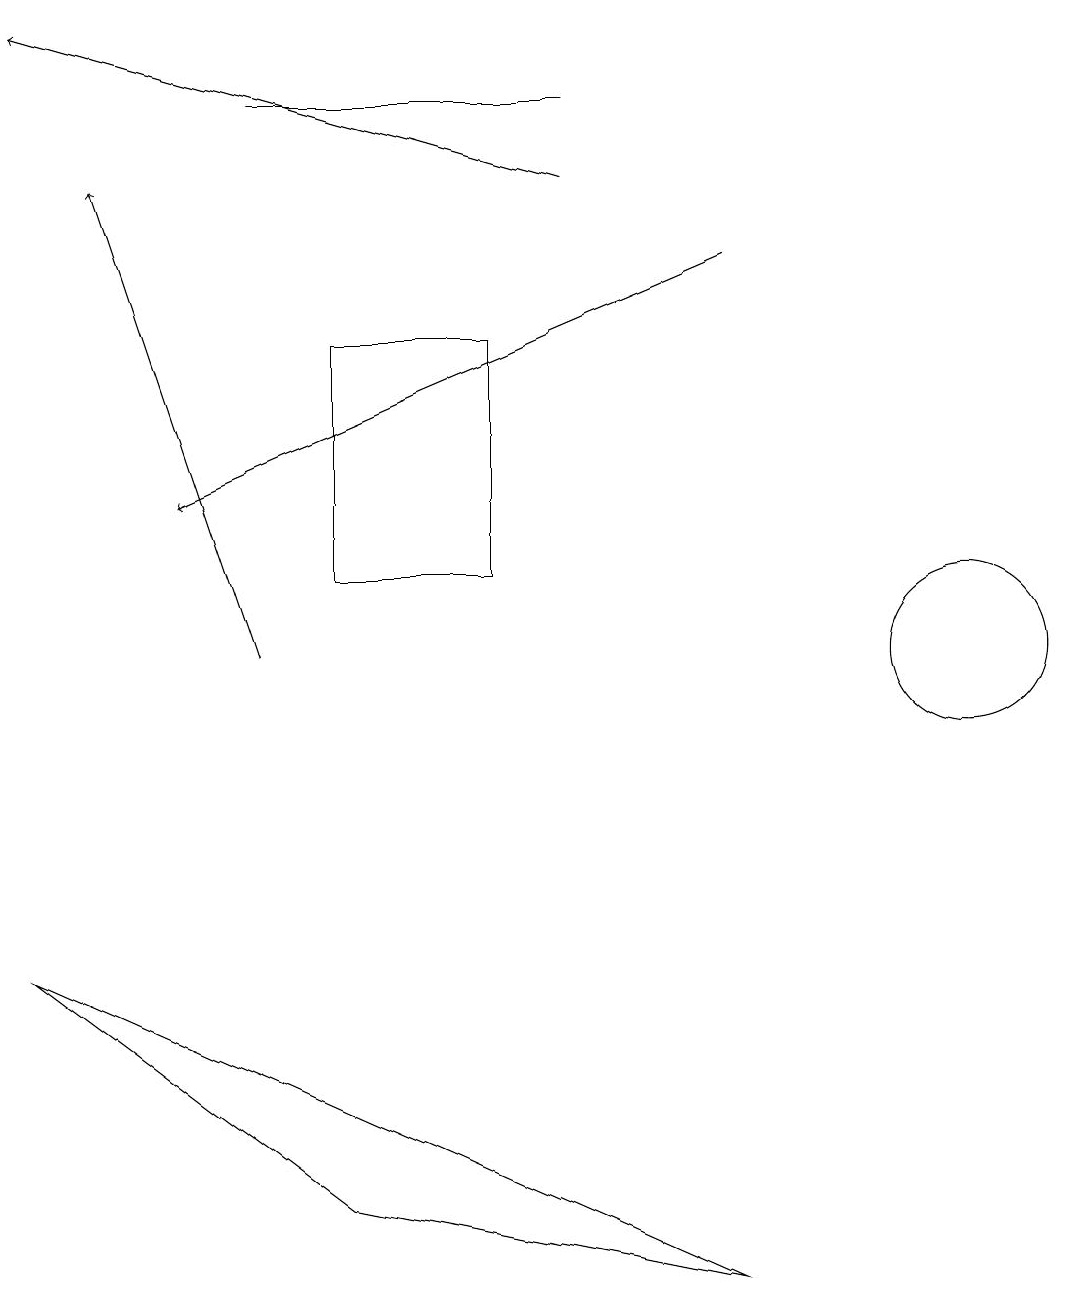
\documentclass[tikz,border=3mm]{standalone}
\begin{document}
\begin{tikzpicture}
\draw (3,18) rectangle (7,18);
\draw[->] (9,16) -- (2,13);
\draw[->] (3,11) -- (1,17);
\draw (12,11) circle (1);
\draw[->] (7,17) -- (0,19);
\draw (4,4) -- (9,3) -- (0,7) -- cycle;
\draw (4,15) rectangle (6,12);
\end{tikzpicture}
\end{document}